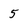
Character: 5